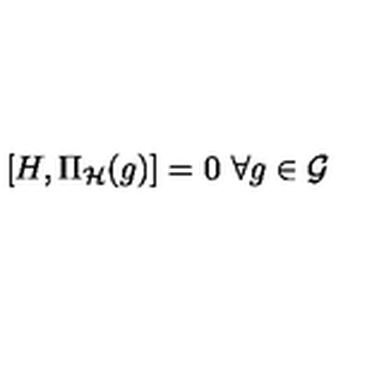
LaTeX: [ H , \Pi _ { \cal H } ( g ) ] = 0 \ \forall g \in { \cal G }